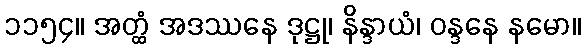
၁၁၅၄။ အတ္ထံ အဒဿနေ ဒုဋ္ဌု၊ နိန္ဒာယံ၊ ဝန္ဒနေ နမော။